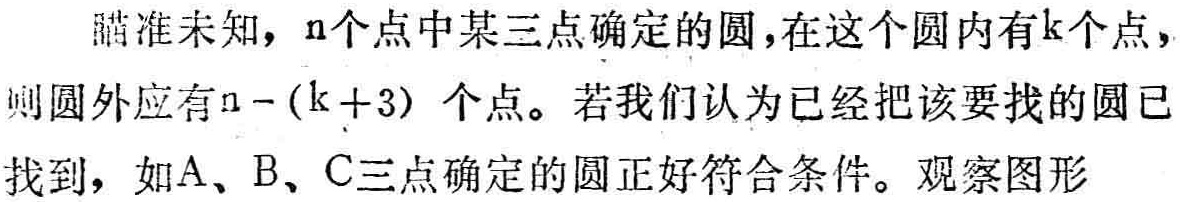
瞄准未知，$n$个点中某三点确定的圆，在这个圆内有$k$个点，则圆外应有$n - (k + 3)$个点。若我们认为已经把该要找的圆已找到，如$A$、$B$、$C$三点确定的圆正好符合条件。观察图形